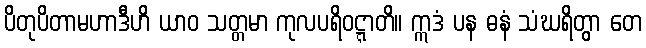
ပိတုပိတာမဟာဒီဟိ ယာဝ သတ္တမာ ကုလပရိဝဋ္ဋာတိ။ ဣဒံ ပန ဓနံ သံဃရိတွာ တေ